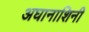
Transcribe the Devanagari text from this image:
अघानाशिनी